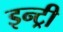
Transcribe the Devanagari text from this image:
इन्ट्री